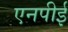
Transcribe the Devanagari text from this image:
एनपीई